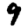
Digit: 9